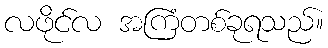
လဖိုင်လ အကြံတစ်ခုရသည်။